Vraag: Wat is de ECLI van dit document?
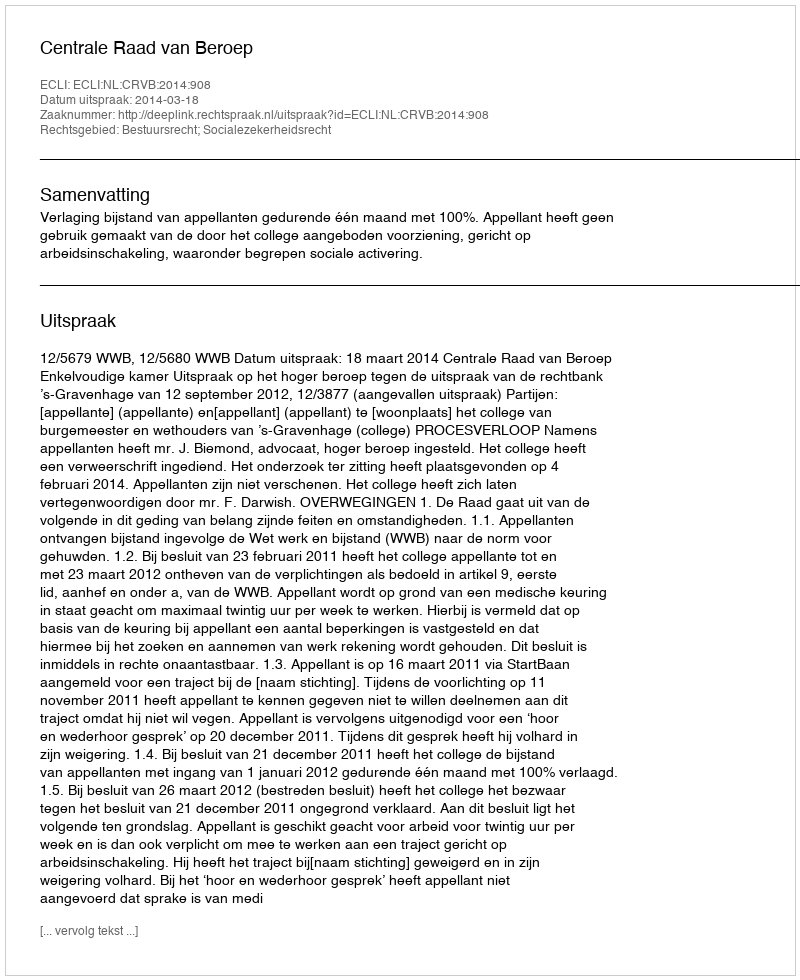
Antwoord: ECLI:NL:CRVB:2014:908